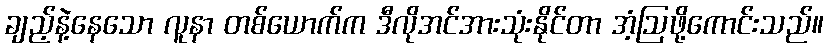
ချည့်နဲ့နေသော လူနာ တစ်ယောက်က ဒီလိုအင်အားသုံးနိုင်တာ အံ့ဩဖို့ကောင်းသည်။